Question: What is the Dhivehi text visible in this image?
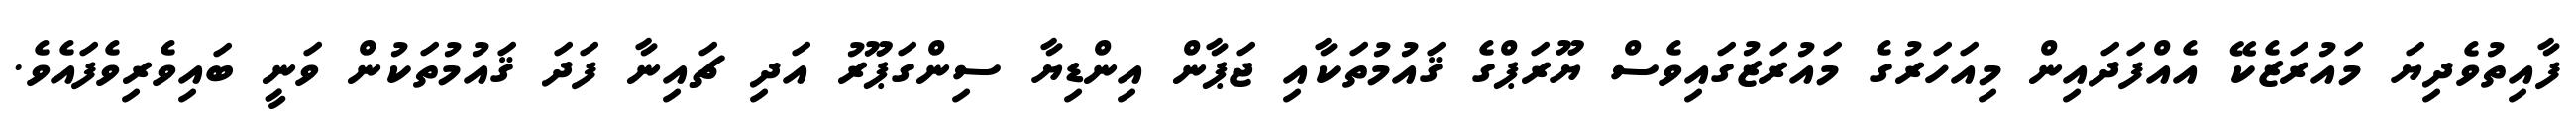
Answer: ފާއިތުވެދިޔަ މައުރަޒެކޭ އެއްފަދައިން މިއަހަރުގެ މައުރަޒުގައިވެސް ޔޫރަޕްގެ ޤައުމުތަކާއި ޖަޕާން އިންޑިޔާ ސިންގަޕޫރު އަދި ޗައިނާ ފަދަ ޤައުމުތަކުން ވަނީ ބައިވެރިވެފައެވެ.